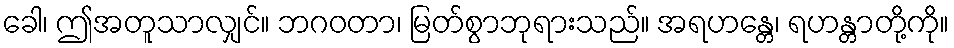
ခေါ၊ ဤအတူသာလျှင်။ ဘဂဝတာ၊ မြတ်စွာဘုရားသည်။ အရဟန္တေ၊ ရဟန္တာတို့ကို။